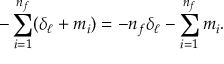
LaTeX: - \sum _ { i = 1 } ^ { n _ { f } } ( \delta _ { \ell } + m _ { i } ) = - n _ { f } \delta _ { \ell } - \sum _ { i = 1 } ^ { n _ { f } } m _ { i } .